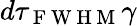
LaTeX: d\tau_{\mathrm{~F~W~H~M~}}\gamma